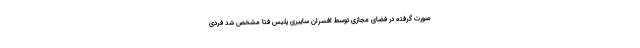
صورت گرفته در فضای مجازی توسط افسران سایبری پلیس فتا مشخص شد فردی